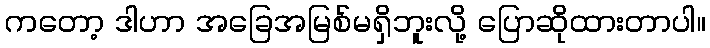
ကတော့ ဒါဟာ အခြေအမြစ်မရှိဘူးလို့ ပြောဆိုထားတာပါ။